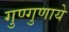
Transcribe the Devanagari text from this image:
गुण्गुणाये